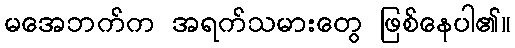
မအေဘက်က အရက်သမားတွေ ဖြစ်နေပါ၏။